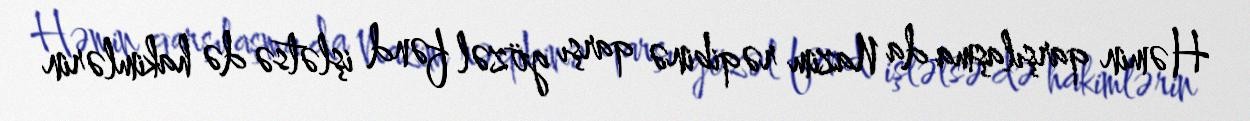
Həmin qarşılaşma da Nazim rəqibinə qarşı gözəl fənd işlətsə də hakimlərin